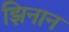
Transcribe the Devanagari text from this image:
झिनान